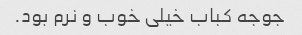
جوجه کباب خیلی خوب و نرم بود.